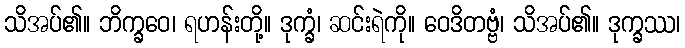
သိအပ်၏။ ဘိက္ခဝေ၊ ရဟန်းတို့။ ဒုက္ခံ၊ ဆင်းရဲကို။ ဝေဒိတဗ္ဗံ၊ သိအပ်၏။ ဒုက္ခဿ၊